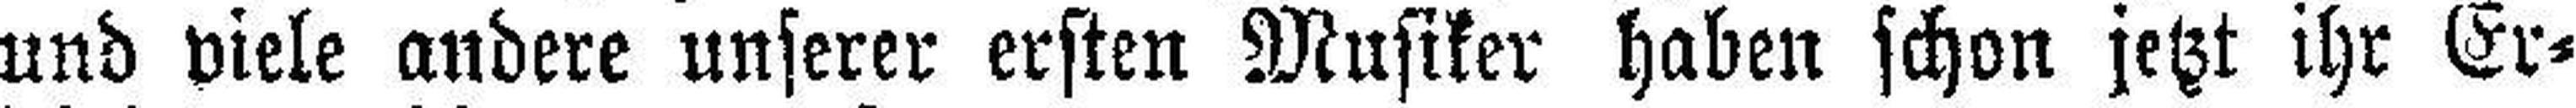
und viele andere unserer ersten Musiker haben schon jetzt ihr Er¬